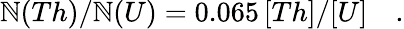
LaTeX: \mathbb{N}(Th)/\mathbb{N}(U)=0.065\, [Th]/[U]\quad.